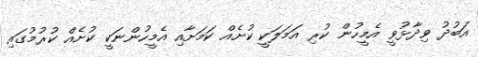
އަބުދު ވިދާޅުވީ އެމީހުން ކުރި އަމަލަކީ ކުށެއް ކަމަށާއި އެމީހުންނަކީ ކުށެއް ކުރުމުގައި